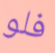
فلو